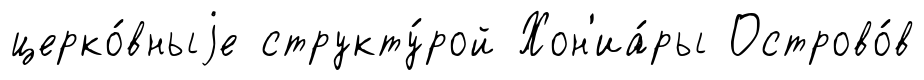
церко́вныjе структу́рой Хон'иа́ры Острово́в